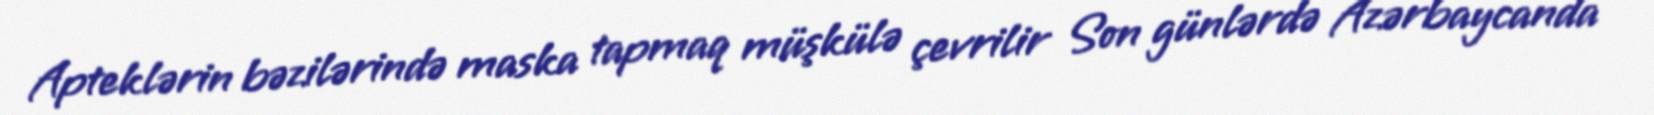
Apteklərin bəzilərində maska tapmaq müşkülə çevrilir Son günlərdə Azərbaycanda